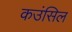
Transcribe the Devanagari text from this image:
कउंसिल